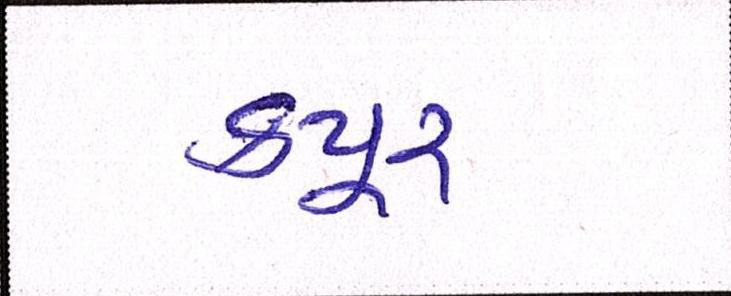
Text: કપૂર